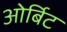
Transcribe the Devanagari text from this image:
ओर्बिट